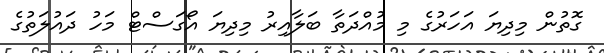
ގޮތުން މިދިޔަ އަހަރުގެ މި މުއްދަތާ ބަލާއިރު މިދިޔަ އޯގަސްޓް މަހު ދައުލަތުގެ